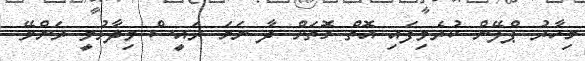
މިހާރު ޕްލޭން ކުރެވިފައި އޮތް ގޮތަށް ދާ ނަމަ ރައީސް ވިދާޅުވީ ރަންވޭ